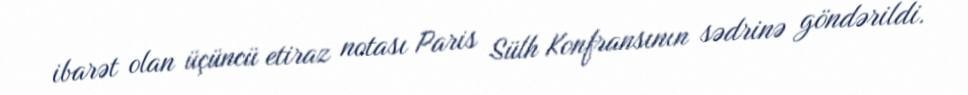
ibarət olan üçüncü etiraz notası Paris Sülh Konfransının sədrinə göndərildi.